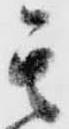
其